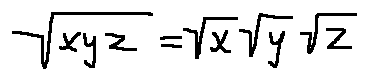
\sqrt { x y z } = \sqrt { x } \sqrt { y } \sqrt { z }